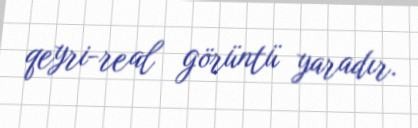
qeyri-real görüntü yaradır.